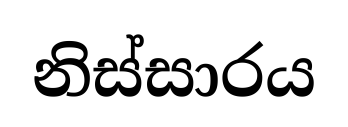
නිස්සාරය